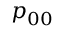
p _ { 0 0 }